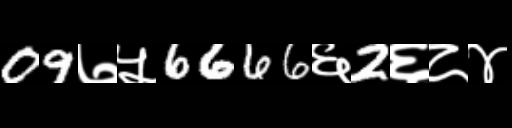
Text: 09७५6666६2६८४